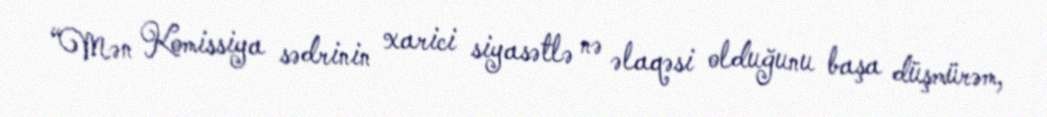
“Mən Komissiya sədrinin xarici siyasətlə nə əlaqəsi olduğunu başa düşmürəm,